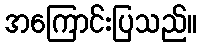
အကြောင်းပြသည်။